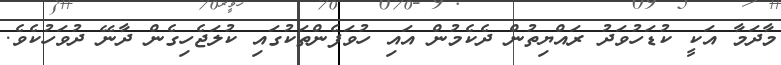
މާދަމާ އަކީ ކުޑަހުވަދު ރައްޔިތުން ދެކެމުން އައި ހުވަފެންތަކުގައި ކުލަޖެހިގެން ދާނޭ ދުވަހުކެވެ.